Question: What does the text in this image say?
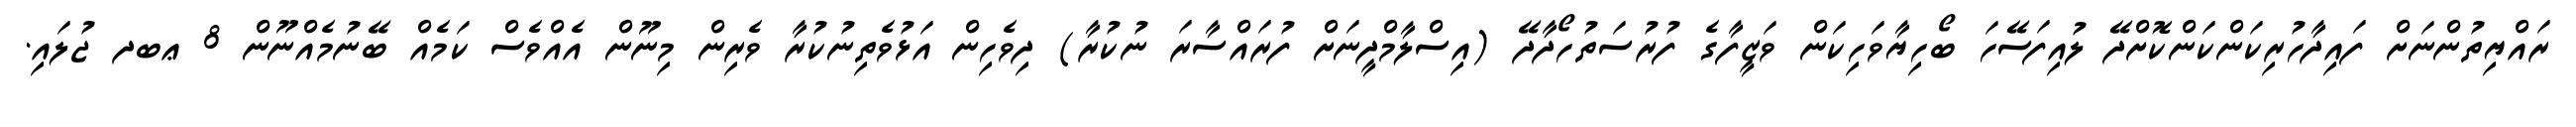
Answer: ރައްޔިތުންނަށް ފައިދާހުރިކަންކަންކޮށްދޭ ލުއިފަސޭހަ ބޯހިޔާވަހިކަން ވަޒީފާގެ ފުރުސަތުހޯދާދޭ (އިސްލާމްދީނަށް ފުރައްސާރަ ނުކުރާ) ދިވެހިން އަޅުވެތިނުކުރާ ވެރިން މިނޫން އެއްވެސް ކަމެއް ބޭނުމެއްނޫން 8 ޢބދ ޖުލައި.